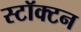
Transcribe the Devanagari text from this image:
स्टॉक्टन